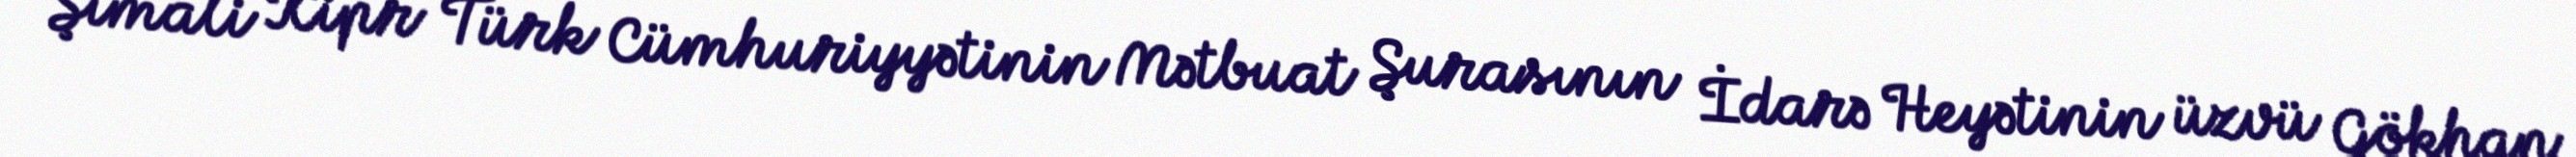
Şimali Kipr Türk Cümhuriyyətinin Mətbuat Şurasının İdarə Heyətinin üzvü Gökhan